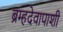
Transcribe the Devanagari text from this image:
ब्रम्हदेवापाशी